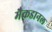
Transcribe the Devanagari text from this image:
मैकडानल